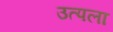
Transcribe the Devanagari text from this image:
उत्पला